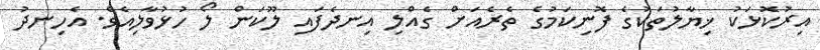
އިރުކޮޅަކު ޚިޔާލުތަކުގެ ފޮނިކަމުގެ ތެރެއަށް ގެއްލި އިނދެފައި ލޫކަން ލޯ ހުޅުވާލިއެވެ. އެހިނދު